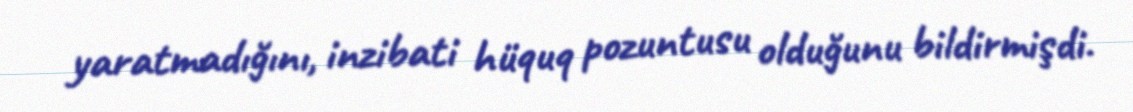
yaratmadığını, inzibati hüquq pozuntusu olduğunu bildirmişdi.